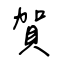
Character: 賀